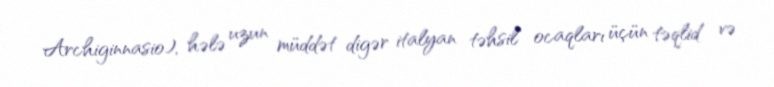
Archiginnasio), hələ uzun müddət digər italyan təhsil ocaqları üçün təqlid və